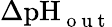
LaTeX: \Delta\textrm{pH}_{\mathrm{~o~u~t~}}